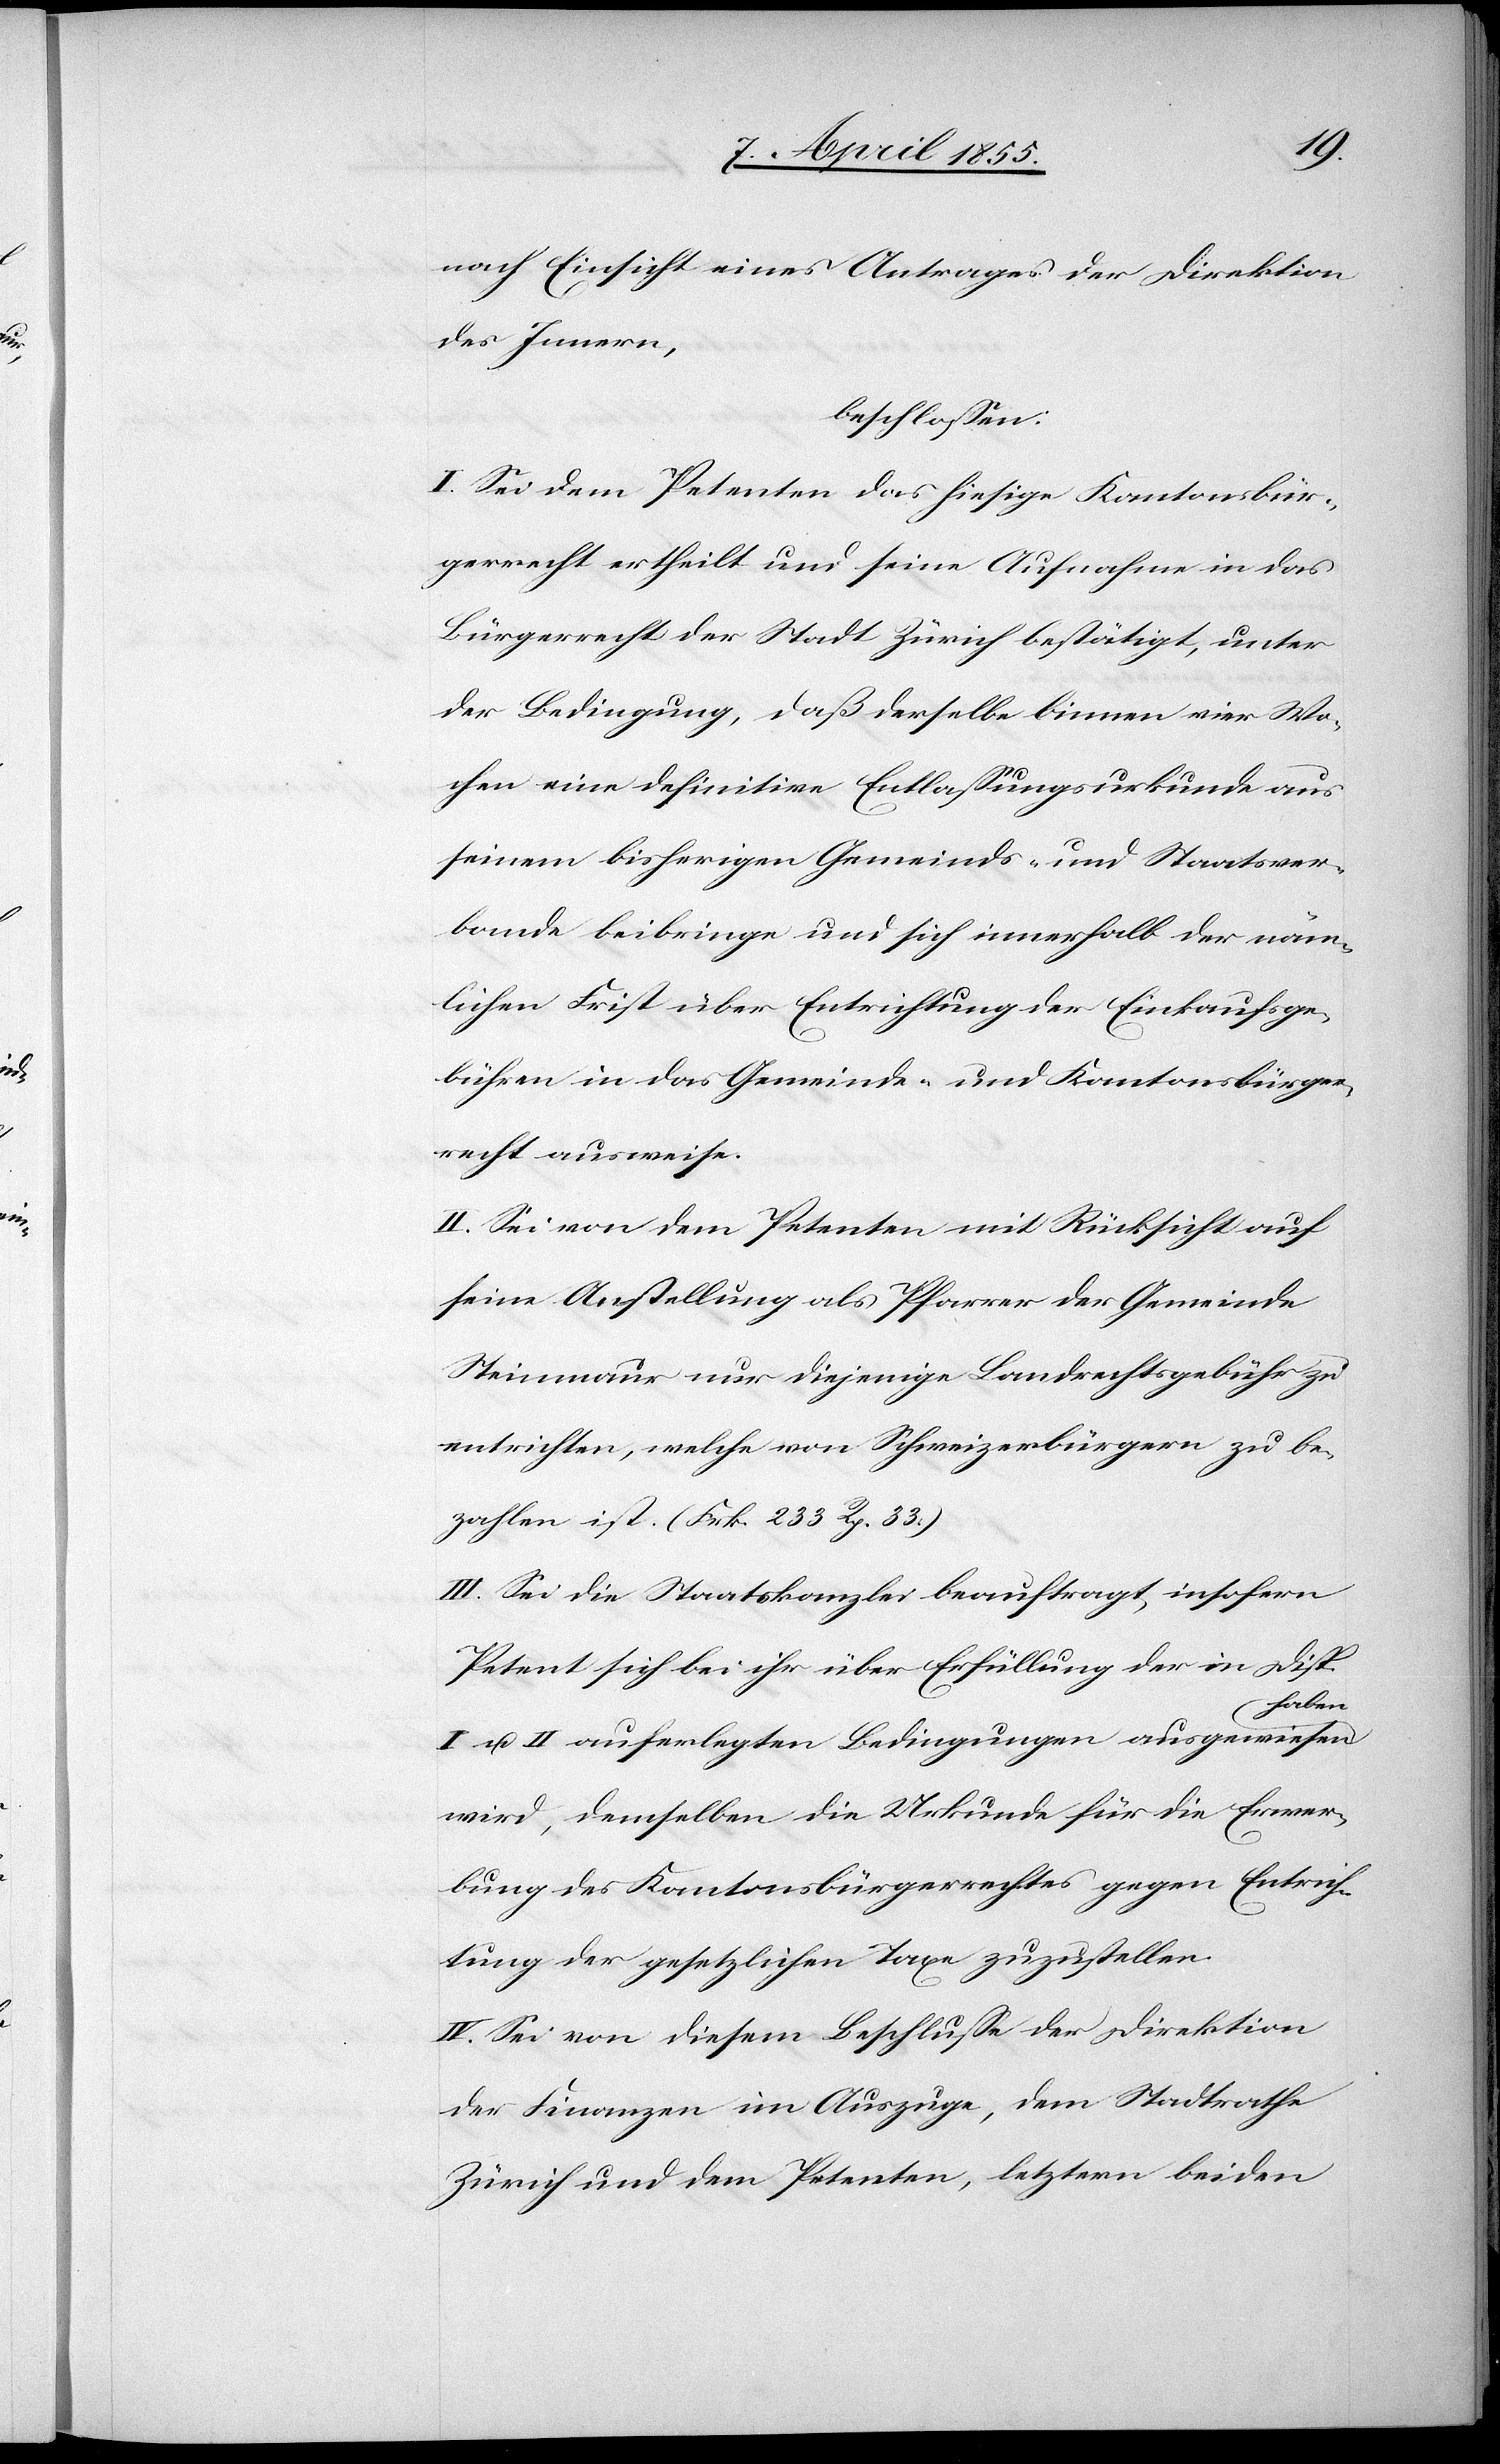
nach Einsicht eines Antrages der Direktion
des Innern,
beschlossen:
I. Sei dem Petenten das hiesige Kantonsbür¬
gerrecht ertheilt und seine Aufnahme in das
Bürgerrecht der Stadt Zürich bestätigt, unter
der Bedingung, daß derselbe binnen vier Wo¬
chen eine definitive Entlassungsurkunde aus
seinem bisherigen Gemeinds- und Staatsver¬
bande beibringe und sich innerhalb der näm¬
lichen Frist über Entrichtung der Einkaufsge¬
bühren in das Gemeinde- und Kantonsbürger¬
recht ausweise.
II. Sei von dem Petenten mit Rücksicht auf
seine Anstellung als Pfarrer der Gemeinde
Steinmaur nur diejenige Landrechtsgebühr zu
entrichten, welche von Schweizerbürgern zu be¬
zahlen ist. (Frk. 233 Rp. 33.)
III. Sei die Staatskanzlei beauftragt, insofern
Petent sich bei ihr über Erfüllung der in Disp.
haben
I u. II auferlegten Bedingungen ausgewiesen
wird, demselben die Urkunde für die Erwer¬
bung des Kantonsbürgerrechtes gegen Entrich¬
tung der gesetzlichen Taxe zuzustellen.
IV. Sei von diesem Beschlusse der Direktion
der Finanzen im Auszuge, dem Stadtrathe
Zürich und dem Petenten, letztern beiden